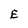
Character: E